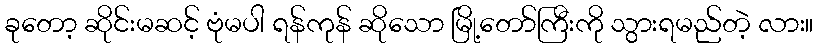
ခုတော့ ဆိုင်းမဆင့် ဗုံမပါ ရန်ကုန် ဆိုသော မြို့တော်ကြီးကို သွားရမည်တဲ့ လား။